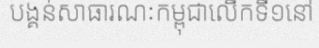
បង្គន់សាធារណៈកម្ពុជាលើកទី១នៅ